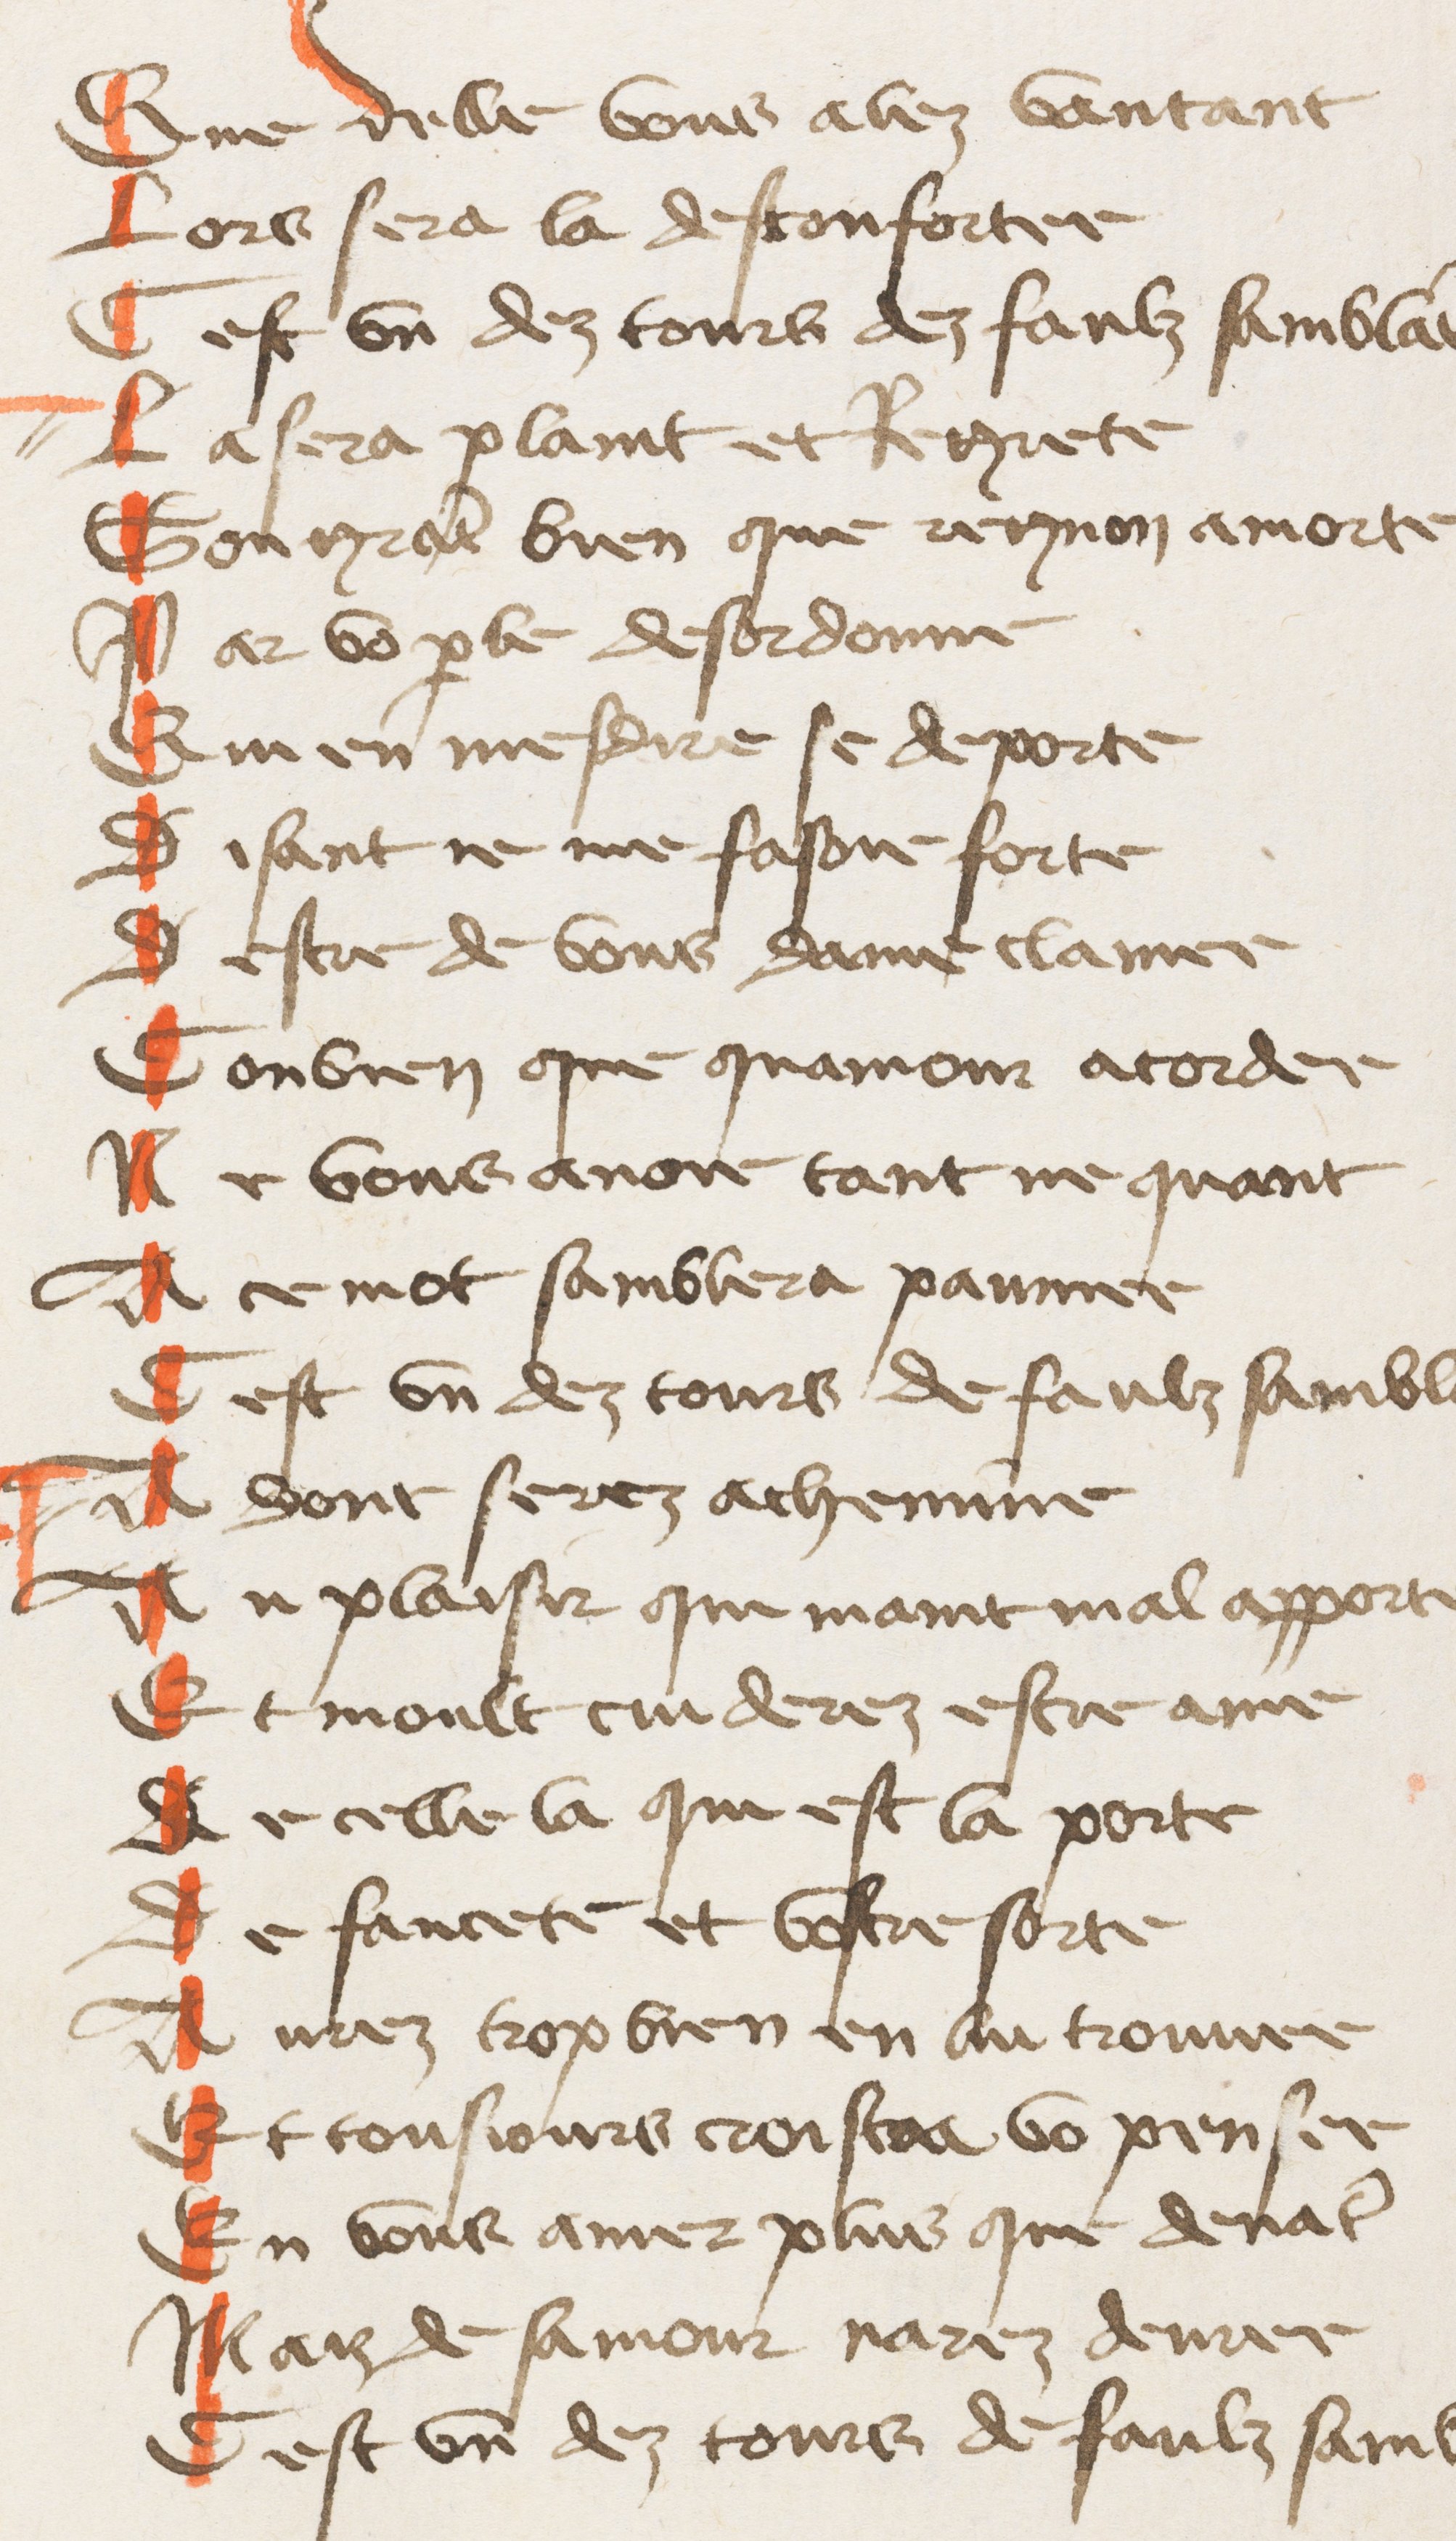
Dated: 1425–1435